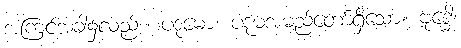
အကြင်အခါ၌လည်း။ ပဒုမော၊ ပဒုမအမည်တော်ရှိသော။ ဗုဒ္ဓေါ၊